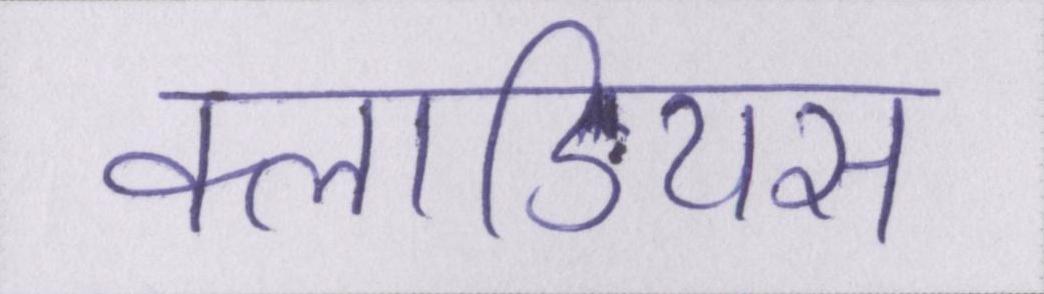
क्लाडियस